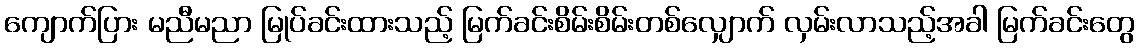
ကျောက်ပြား မညီမညာ မြုပ်ခင်းထားသည့် မြက်ခင်းစိမ်းစိမ်းတစ်လျှောက် လှမ်းလာသည့်အခါ မြက်ခင်းတွေ